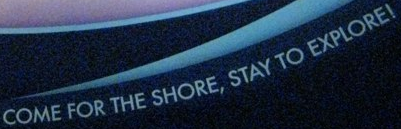
COME FOR THE SHORE, STAY TO EXPLORE!